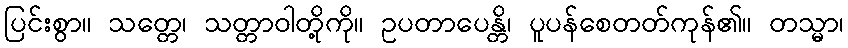
ပြင်းစွာ။ သတ္တေ၊ သတ္တာဝါတို့ကို။ ဥပတာပေန္တိ၊ ပူပန်စေတတ်ကုန်၏။ တသ္မာ၊